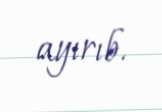
ayırıb.